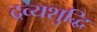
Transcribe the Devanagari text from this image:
द्रव्यशुद्धि